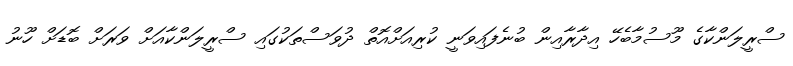
ސްރީލަންކާގެ މޫސުމާބެހޭ އިދާރާއިން ބުނެފައިވަނީ ކުރިއަށްއޮތް ދުވަސްތަކުގައި ސްރީލަންކާއަށް ވަރަށް ބޮޑަށް ހޫނު